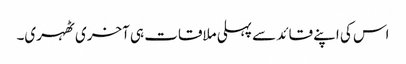
اس کی اپنے قائد سے پہلی ملاقات ہی آخری ٹھہری۔